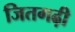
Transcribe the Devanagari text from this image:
जितगढ़ी